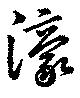
濠